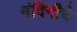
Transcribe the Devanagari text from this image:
नंदिनीचे